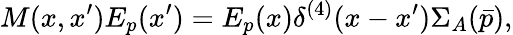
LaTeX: M(x,x^{\prime})E_{p}(x^{\prime})=E_{p}(x)\delta^{(4)}(x-x^{\prime}){\Sigma}_{A}(\bar{p}),